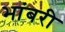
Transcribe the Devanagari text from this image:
भांबरी